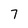
Character: 7